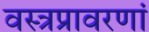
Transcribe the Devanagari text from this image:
वस्त्रप्रावरणां